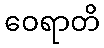
ဝေရာတိ